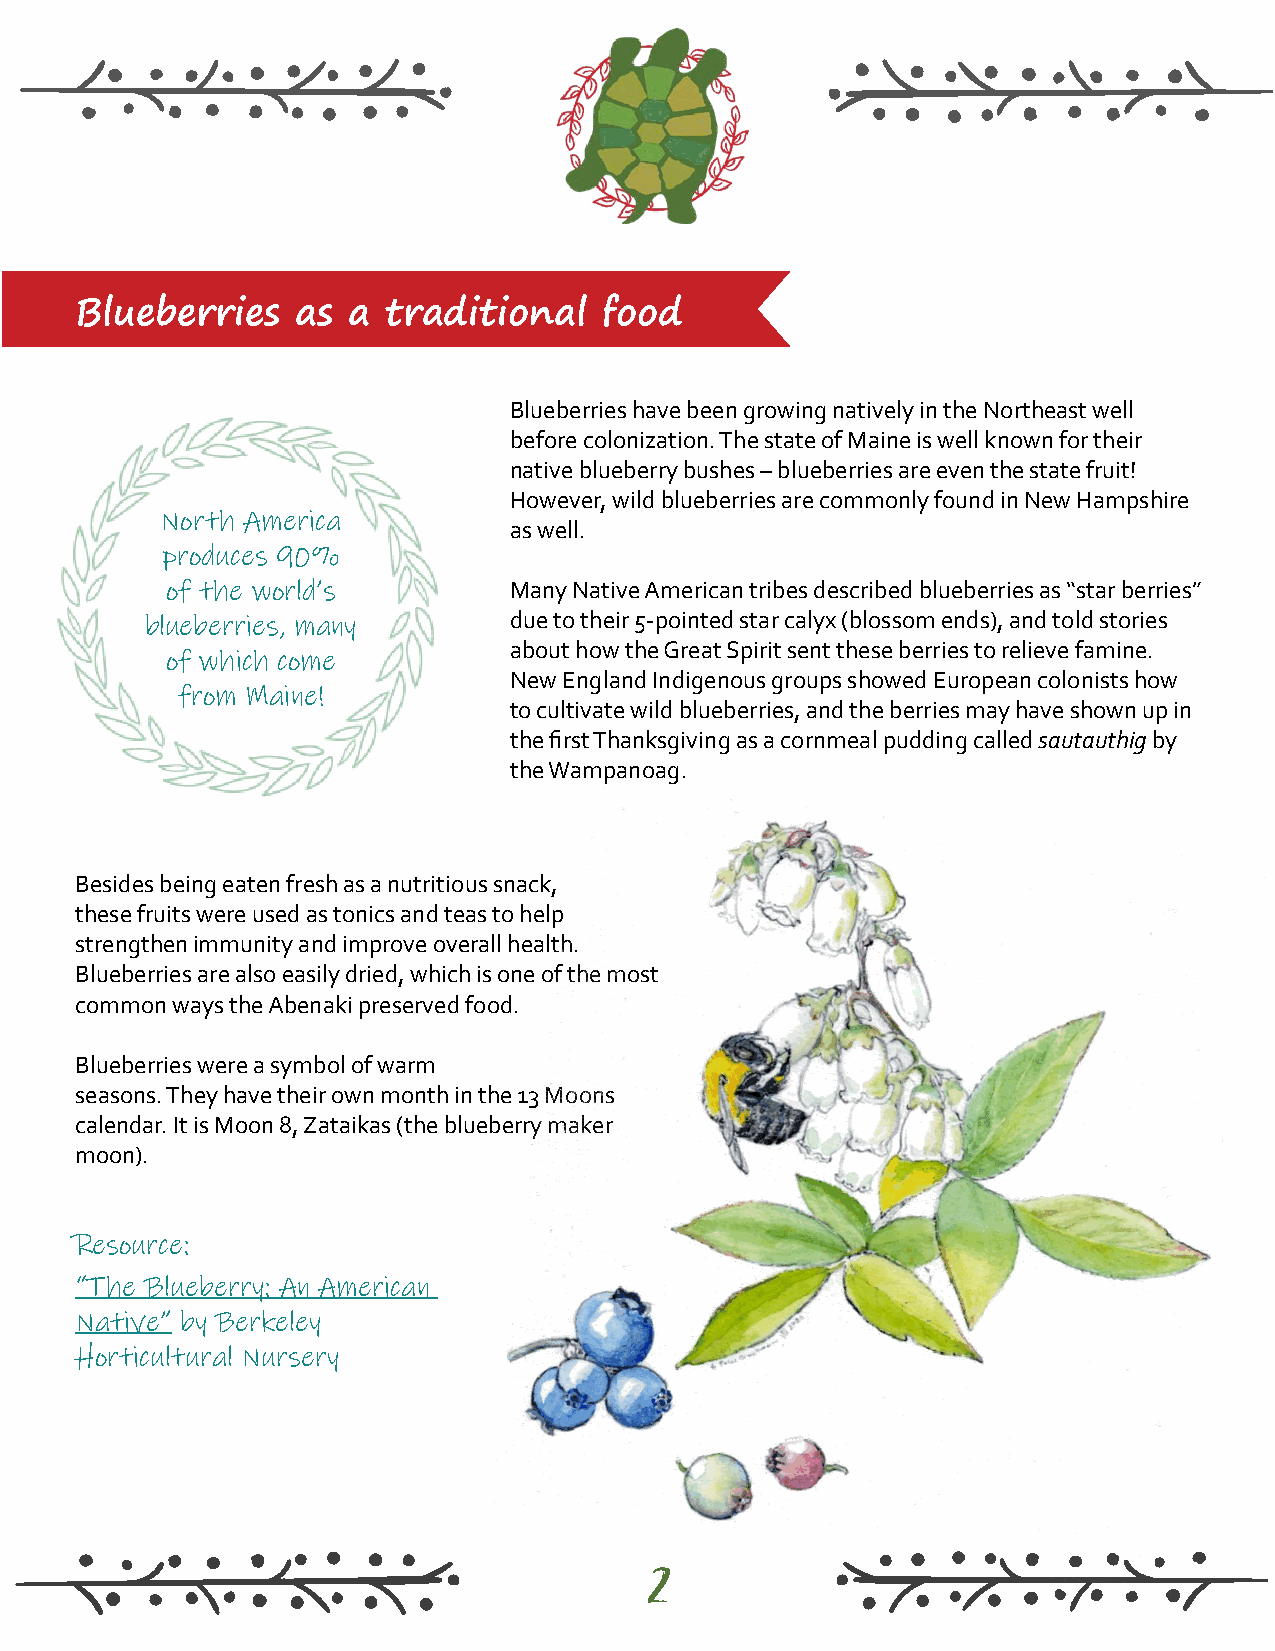
Blueberries    as a  traditional   food
 Blueberries have been growing natively in the Northeast well
 before colonization. The state of Maine is well known for their
 native blueberry bushes – blueberries are even the state fruit!
 However, wild blueberries are commonly found in New Hampshire
 North America
 as well.
 produces 90%
 of the world’s         Many Native American tribes described blueberries as “star berries”
 due to their 5-pointed star calyx (blossom ends), and told stories
 blueberries, many
 about how the Great Spirit sent these berries to relieve famine.
 of which come
 New England Indigenous groups showed European colonists how
 from Maine!
 to cultivate wild blueberries, and the berries may have shown up in
 the first Thanksgiving as a cornmeal pudding called sautauthig by
 the Wampanoag.
 Besides being eaten fresh as a nutritious snack,
 these fruits were used as tonics and teas to help
 strengthen immunity and improve overall health.
 Blueberries are also easily dried, which is one of the most
 common ways the Abenaki preserved food.
 Blueberries were a symbol of warm
 seasons. They have their own month in the 13 Moons
 calendar. It is Moon 8, Zataikas (the blueberry maker
 moon).
 Resource:
 “The Blueberry: An American
 Native” by Berkeley
 Horticultural Nursery
 2